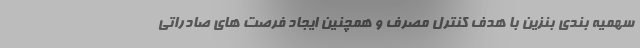
سهمیه بندی بنزین با هدف کنترل مصرف و همچنین ایجاد فرصت های صادراتی